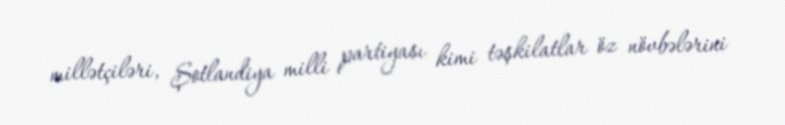
millətçiləri, Şotlandiya milli partiyası kimi təşkilatlar öz növbələrini